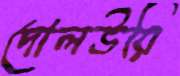
দোলউরি